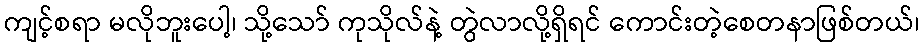
ကျင့်စရာ မလိုဘူးပေါ့၊ သို့သော် ကုသိုလ်နဲ့ တွဲလာလို့ရှိရင် ကောင်းတဲ့စေတနာဖြစ်တယ်၊